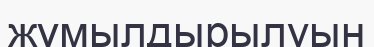
жұмылдырылуын